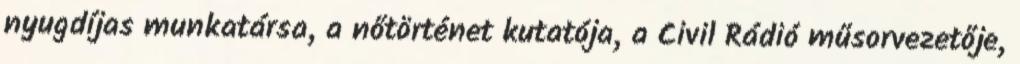
nyugdíjas munkatársa, a nőtörténet kutatója, a Civil Rádió műsorvezetője,